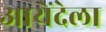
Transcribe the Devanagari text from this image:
आयेंदेला